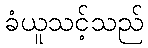
ခံယူသင့်သည်